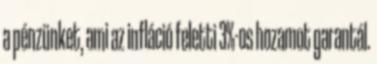
a pénzünket, ami az infláció feletti 3%-os hozamot garantál.